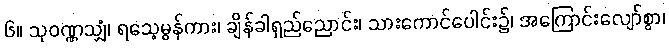
၆။ သုဝဏ္ဏသျှံ၊ ရသေ့မွန်ကား၊ ချိန်ခါရှည်ညောင်း၊ သားကောင်ပေါင်း၌၊ အကြောင်းလျော်စွာ၊